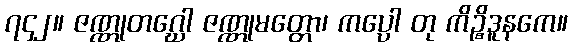
၇၄၂။ ဇဏ္ဏုတဂ္ဃော ဇဏ္ဏုမတ္တော၊ ကပ္ပော တု ကိဉ္စိဒူနကေ။